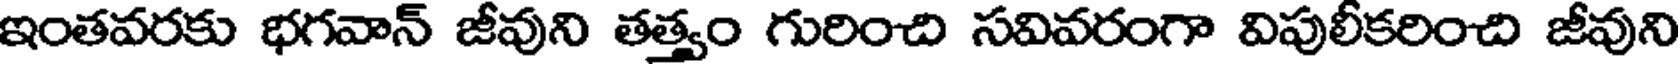
ఇంతవరకు భగవాన్ జీవుని తత్వం గురించి సవివరంగా విపులీకరించి జీవుని